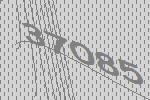
37085